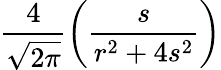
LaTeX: \frac{4}{\sqrt{2\pi}}\left(\frac{s}{r^{2}+4s^{2}}\right)